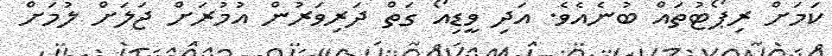
ކަމަށް ރިޕޯޓުތައް ބުނެއެވެ. އަދި ވީޑިއޯ ގަތް ދަރިވަރުން އުމުރަށް ޖަލަށް ލުމަށް